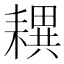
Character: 𦔜